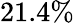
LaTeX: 21.4\%